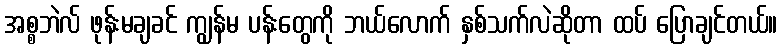
အစ္စဘဲလ် ဖုန်းမချခင် ကျွန်မ ပန်းတွေကို ဘယ်လောက် နှစ်သက်လဲဆိုတာ ထပ် ပြောချင်တယ်။